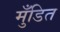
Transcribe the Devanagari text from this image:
मुँडित